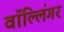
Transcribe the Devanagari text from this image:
वॉल्लिंगर